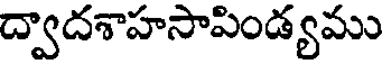
ద్వాదశాహసాపిండ్యము